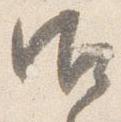
御